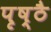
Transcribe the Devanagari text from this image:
पृष्ठै